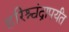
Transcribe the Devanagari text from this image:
हरिश्चंद्रापर्यंत